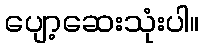
ပျော့ဆေးသုံးပါ။